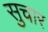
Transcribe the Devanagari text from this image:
सुचार